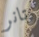
تانر